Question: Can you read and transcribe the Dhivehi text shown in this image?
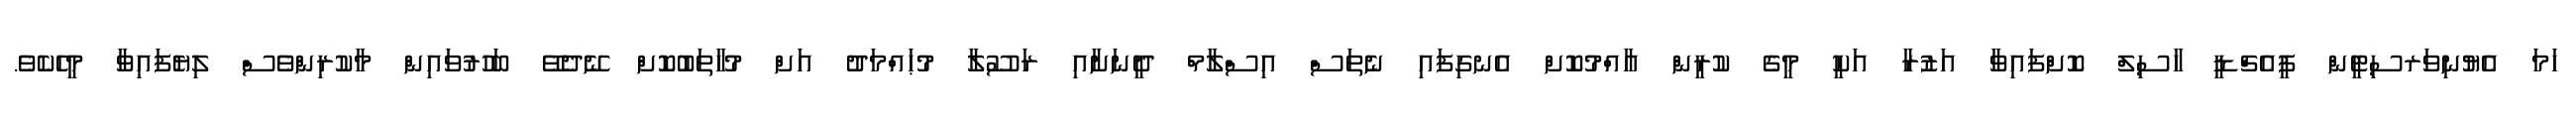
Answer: ހަމަ އެޔުނިވަރސިޓީން ޕީއެޗްޑީ ހާސިލް ކޮށްފައިވާ އަޒުރާ އަކީ މީގެ ކުރީން އާއްމުކޮށް އެނގިފައި ނެތަސް އިސްލާމް ދީނަށާއި ރަސޫލާ މުޙައްމަދު އަށް މުހާތަބުކޮށް ނޭދެވޭ ބަހުރުވައިން މާކުރިންވެސް ލިޔެފައިވާ މީހެކެވެ.